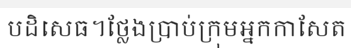
បដិសេធ។ថ្លែងប្រាប់ក្រុមអ្នកកាសែត